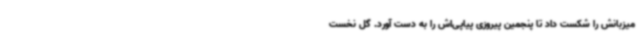
میزبانش را شکست داد تا پنجمین پیروزی پیاپی‌اش را به دست آورد. گل نخست